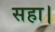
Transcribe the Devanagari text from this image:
सहा।